Annual administration report of the Civil Veterinary Department of India - 1896-1897
Year: 1896
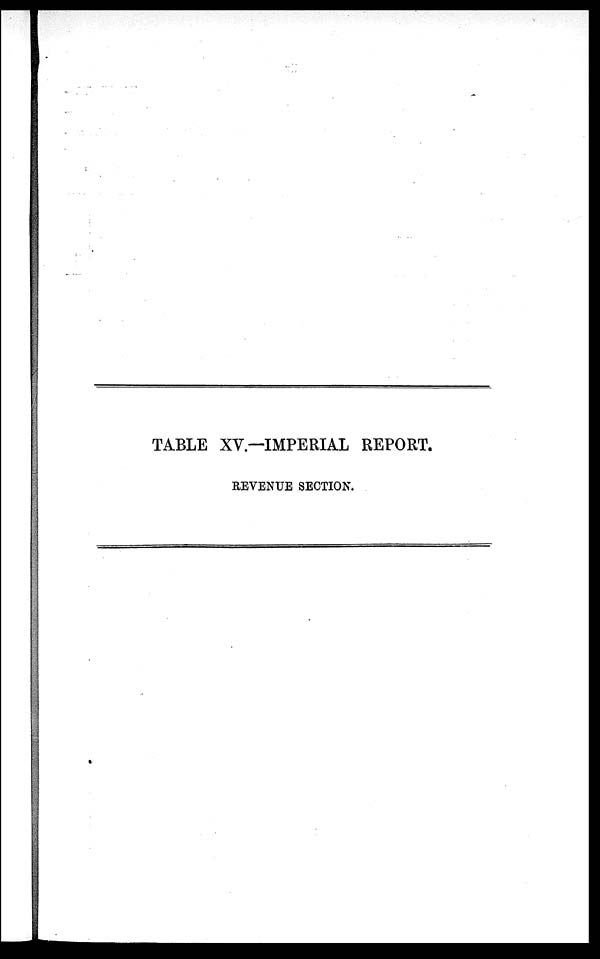
TABLE XV.—IMPERIAL REPORT.
REVENUE SECTION.